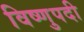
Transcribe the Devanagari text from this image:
विष्णुपदी